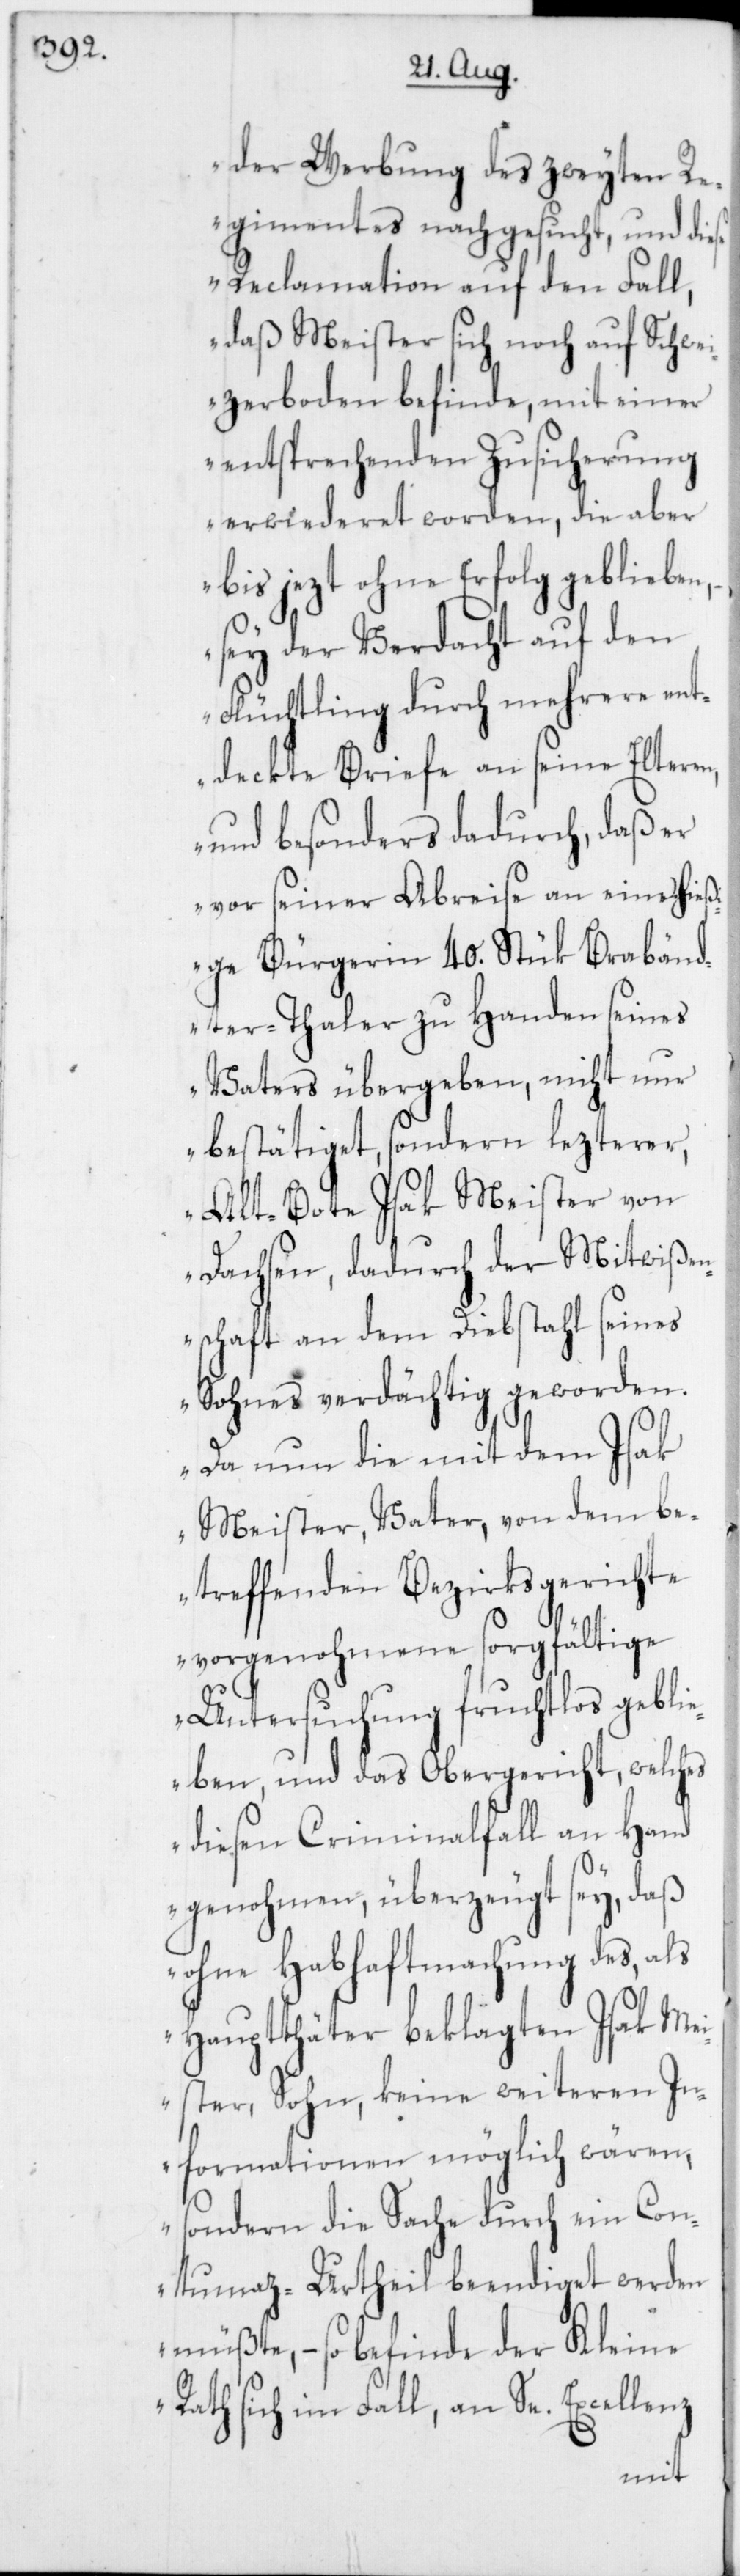
der Werbung des zweyten Re¬
gimentes nachgesucht, und die¬
se Reclamation auf den Fall,
daß Meister sich noch auf Schwei¬
zerboden befinde, mit einer
entsprechenden Zusicherung
erwiederet worden, die aber
bis jezt ohne Erfolg geblieben,
sey der Verdacht auf den
Flüchtling durch mehrere ent¬
deckte Briefe an seine Elteren,
und besonders dadurch, daß er
vor seiner Abreise an eine hieß¬
ige Bürgerin 40. Stük Brabänd¬
er-Thaler zu Handen seines
Vaters übergeben, nicht nur
bestätiget, sondern lezterer,
Alt-Bote Isak Meister von
Dachsen, dadurch der Mitwißen¬
schaft an dem Diebstahl seines
Sohnes verdächtig geworden.
Da nun die mit dem Isak
Meister, Vater, von dem be¬
treffenden Bezirksgerichte
vorgenohmene sorgfältige
Untersuchung fruchtlos gebli¬
eben, und das Obergericht, welches
diesen Criminalfall an Hand
genohmen, überzeugt sey, daß
ohne Habhaftmachung des, als
Hauptthäter beklagten Isak M¬
eister Sohn, keine weiteren In¬
formationen möglich wären,
sondern die Sache durch ein Con¬
tumaz-Urtheil beendiget werden
müßte, – so befinde der Kleine
Rath sich im Fall, an Se. Excellenz